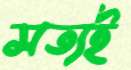
সত্যই